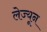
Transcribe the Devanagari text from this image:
लेज्यून